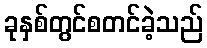
ခုနှစ်တွင်စတင်ခဲ့သည်